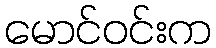
မောင်ဝင်းက